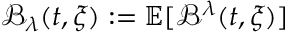
\mathcal { B } _ { \lambda } ( t , \xi ) : = \mathbb { E } [ \mathcal { B } ^ { \lambda } ( t , \xi ) ]